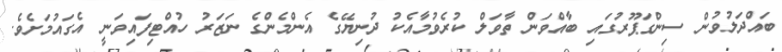
ބައްދަލުވުން ސިންގަޕޫރުގައި ބާއްވަން ތާވަލް ކުރެވުމާއެކު ދުނިޔޭގެ އެންމެންގެ ނަޒަރު ހުއްޓިފައިވަނީ އެގައުމަށެވެ.